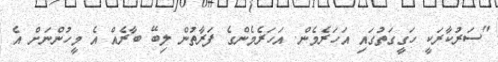
"ސަރުކާރަކީ ހަގީގަތުގައި އަހަރެމެން. އަހަރެމެންގެ ފަރާތުން ލިބޭ ބާރެއް އެ މީހުންނަށް އެ